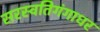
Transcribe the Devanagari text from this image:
सरस्वतिगंगाधर